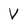
Character: V